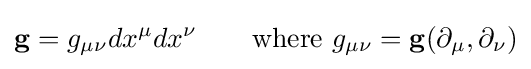
\mathbf {g} =g_{\mu \nu }dx^{\mu }dx^{\nu }\qquad {\text{where}}~g_{\mu \nu }=\mathbf {g} (\partial _{\mu },\partial _{\nu })